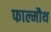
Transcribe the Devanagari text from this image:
फाल्मौथ